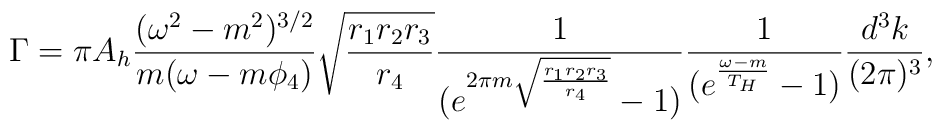
\Gamma = \pi A_{h} \frac{(\omega^2 - m^2)^{3/2}}{m (\omega - m\phi_{4})} \sqrt{\frac{r_{1}r_{2}r_{3}}{r_{4}}}\frac{1}{(e^{2\pi m  \sqrt{\frac{r_{1}r_{2}r_{3}}{r_{4}}}} - 1)} \frac{1}{(e^{\frac{\omega - m}{T_{H}}} - 1)} \frac{d^3k}{(2\pi)^3},